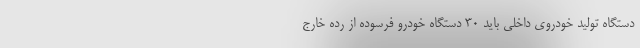
دستگاه تولید خودروی داخلی باید ۳۰ دستگاه خودرو فرسوده از رده خارج